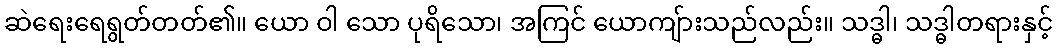
ဆဲရေးရေရွတ်တတ်၏။ ယော ဝါ သော ပုရိသော၊ အကြင် ယောကျ်ားသည်လည်း။ သဒ္ဓါ၊ သဒ္ဓါတရားနှင့်